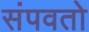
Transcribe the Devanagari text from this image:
संपवतो